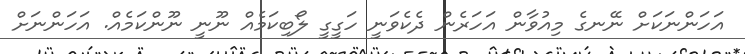
އަހަންނަކަށް ނޭނގެ މިއުވާން އަހަރެން ދެކެވަނީ ހަގީގީ ލޯބިކަމެއް ނޫނީ ނޫންކަމެއް. އަހަންނަށް